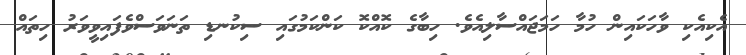
އެކިއެކި ވާހަކައިން ހުމާ ހަމަޖައްސާލިއެވެ. ހިބާގެ ކޮއްކޮ ކަންކަމުގައި ސިކުނޑި ތަނަވަސްވެފައިވީވަރު ހިތައް